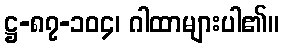
ဋ္ဌ-၈၇-၁၀၄၊ ဂါထာများပါ၏။